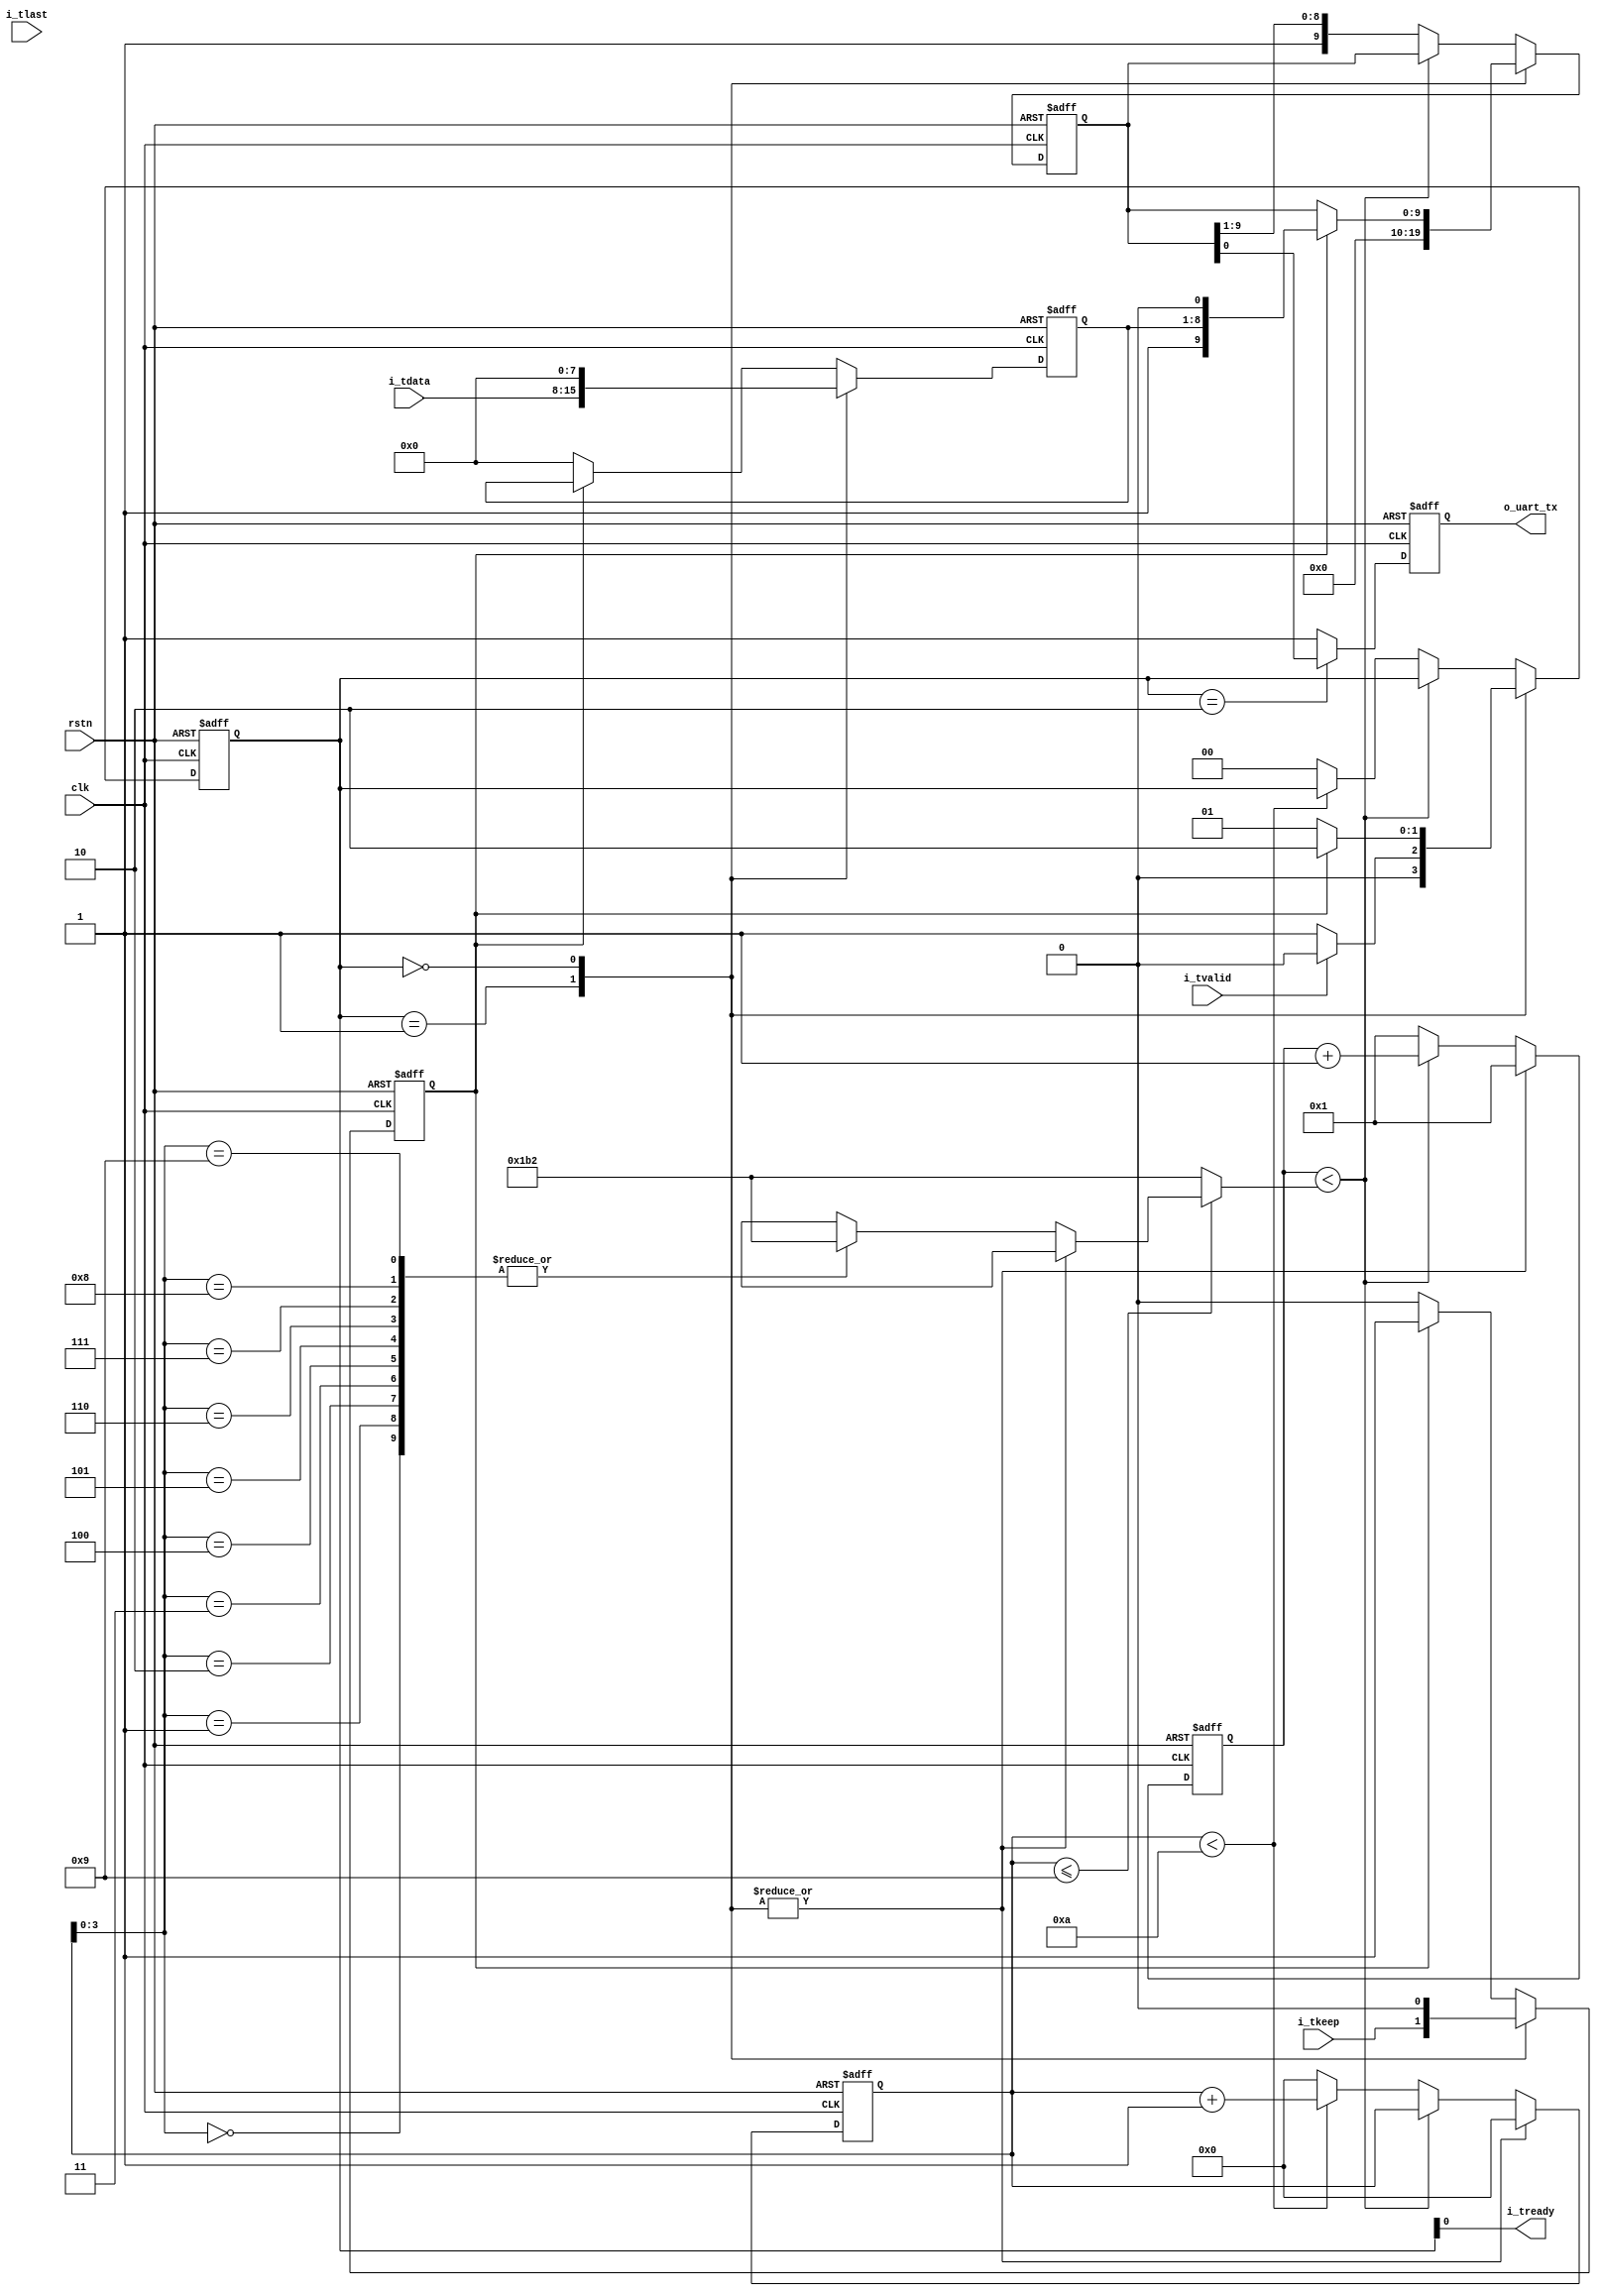
module uart_tx #(
    // clk frequency
    parameter CLK_FREQ          = 50_000_000,       // unit: Hz

    // UART format
    parameter BAUD_RATE         = 115200,           // Unit: Hz
    parameter PARITY            = "NONE",           // "NONE", "ODD" or "EVEN"
    parameter STOP_BITS         = 2,                // can be 1, 2, 3, 4, ...

    //AXI stream data width
    parameter BYTE_WIDTH        = 1,                // can be 1, 2, 3, 4, ...

    // TX fifo depth
    parameter FIFO_EA           = 0                 // 0:no fifo    1, 2:depth=4    3:depth=3   ...
) (
    input           rstn,
    input           clk,

    // input stream: AXI-stream slave. Associate clock = clk
    output                   i_tready,
    input                    i_tvalid,
    input [8*BYTE_WIDTH-1:0] i_tdata,
    input [  BYTE_WIDTH-1:0] i_tkeep,
    input                    i_tlast,

    // UART TX output signal
    output reg               o_uart_tx
);



//---------------
//  TX fifo     |
//---------------
wire                   f_tready;
reg                    f_tvalid;
reg [8*BYTE_WIDTH-1:0] f_tdata;
reg [  BYTE_WIDTH-1:0] f_tkeep;
reg                    f_tlast;

generate if (FIFO_EA <= 0) begin            // no TX fifo

    assign      i_tready = f_tready;        // fifoready
    always @(*) f_tvalid = i_tvalid;
    always @(*) f_tdata  = i_tdata;
    always @(*) f_tkeep  = i_tkeep;
    always @(*) f_tlast  = i_tlast;

end else begin                              // TX fifo
    localparam          EA          = (FIFO_EA<=2) ? 2 : FIFO_EA;
    localparam          DW          = (1 + BYTE_WIDTH + 8*BYTE_WIDTH);          // 1-bit tlast, (BYTE_WIDTH)-bit tkeep, (8*BYTE_WIDTH)-bit tdata

    reg [DW-1:0] buffer [ ((1<<EA)-1) : 0 ];

    localparam [EA:0] A_ZERO = {{EA{1'b0}}, 1'b0};
    localparam [EA:0] A_ONE  = {{EA{1'b0}}, 1'b1};


    reg  [EA:0] wptr     = A_ZERO;
    reg  [EA:0] wptr_d1  = A_ZERO;
    reg  [EA:0] wptr_d2  = A_ZERO;
    reg  [EA:0] rptr     = A_ZERO;
    wire [EA:0] rptr_next = (f_tvalid & f_tready) ? (rptr + A_ONE) : rptr;

    assign i_tready = (wptr != {~rptr[EA], rptr[EA-1:0]});

    // write pointer
    always @(posedge clk or negedge rstn)
        if(~rstn) begin
            wptr    <= A_ZERO;
            wptr_d1 <= A_ZERO;
            wptr_d2 <= A_ZERO;
        end else begin
            if(i_tvalid & i_tready)
                wptr <= wptr + A_ONE;
            wptr_d1 <= wptr;
            wptr_d2 <= wptr_d1;
        end

    // write
    always @(posedge clk)
        if(i_tvalid & i_tready)
            buffer[wptr[EA-1:0]] <= {i_tlast, i_tkeep, i_tdata};

    // read pointer
    always @(posedge clk or negedge rstn)
        if(~rstn) begin
            rptr <= A_ZERO;
            f_tvalid <= 1'b0;
        end else begin
            rptr <= rptr_next;
            f_tvalid <= (rptr_next != wptr_d2);
        end

    // read
    always @(posedge clk)
        {f_tlast, f_tkeep, f_tdata} <= buffer[rptr_next[EA-1:0]];

    initial {f_tvalid, f_tlast, f_tkeep, f_tdata} = 0;

end endgenerate



//-----------------------------------------------------
// Generate fractional precise upper limit for counter| uart_rx.v
//-----------------------------------------------------
localparam      BAUD_CYCLES              = ( (CLK_FREQ*10*2 + BAUD_RATE) / (BAUD_RATE*2) ) / 10 ;
localparam      BAUD_CYCLES_FRAC         = ( (CLK_FREQ*10*2 + BAUD_RATE) / (BAUD_RATE*2) ) % 10 ;
localparam      STOP_BIT_CYCLES          = (BAUD_CYCLES_FRAC == 0) ? BAUD_CYCLES : (BAUD_CYCLES + 1);

localparam [9:0] ADDITION_CYCLES = (BAUD_CYCLES_FRAC == 0) ? 10'b0000000000 :
                                   (BAUD_CYCLES_FRAC == 1) ? 10'b0000010000 :
                                   (BAUD_CYCLES_FRAC == 2) ? 10'b0010000100 :
                                   (BAUD_CYCLES_FRAC == 3) ? 10'b0010010010 :
                                   (BAUD_CYCLES_FRAC == 4) ? 10'b0101001010 :
                                   (BAUD_CYCLES_FRAC == 5) ? 10'b0101010101 :
                                   (BAUD_CYCLES_FRAC == 6) ? 10'b1010110101 :
                                   (BAUD_CYCLES_FRAC == 7) ? 10'b1101101101 :
                                   (BAUD_CYCLES_FRAC == 8) ? 10'b1101111011 :
                                  /*BAUD_CYCLES_FRAC == 9)*/ 10'b1111101111 ;

wire [31:0] cycles [9:0];

assign cycles[0] = BAUD_CYCLES + (ADDITION_CYCLES[0] ? 1 : 0);
assign cycles[1] = BAUD_CYCLES + (ADDITION_CYCLES[1] ? 1 : 0);
assign cycles[2] = BAUD_CYCLES + (ADDITION_CYCLES[2] ? 1 : 0);
assign cycles[3] = BAUD_CYCLES + (ADDITION_CYCLES[3] ? 1 : 0);
assign cycles[4] = BAUD_CYCLES + (ADDITION_CYCLES[4] ? 1 : 0);
assign cycles[5] = BAUD_CYCLES + (ADDITION_CYCLES[5] ? 1 : 0);
assign cycles[6] = BAUD_CYCLES + (ADDITION_CYCLES[6] ? 1 : 0);
assign cycles[7] = BAUD_CYCLES + (ADDITION_CYCLES[7] ? 1 : 0);
assign cycles[8] = BAUD_CYCLES + (ADDITION_CYCLES[8] ? 1 : 0);
assign cycles[9] = BAUD_CYCLES + (ADDITION_CYCLES[9] ? 1 : 0);



//-----------------------------------
//                                  |
//-----------------------------------
localparam [BYTE_WIDTH-1:0] ZERO_KEEP           = 0;

localparam [31:0] PARITY_BITS = (PARITY == "ODD" || PARITY == "EVEN") ? 1 : 0;
localparam [31:0] TOTAL_BITS  = (STOP_BITS >= ('hFFFFFFFF-9-PARITY_BITS)) ? 'hFFFFFFFF : (PARITY_BITS+STOP_BITS+9); // 18'STOP_BITS'
//  STOP_BITS  PARITY_BITS 9 32  0xFFFFFFFFTOTAL_BITS  0xFFFFFFFF PARITY_BITS + STOP_BITS + 9 UART 


//--------------------------------------
// functional for calculate parity bit |
//--------------------------------------
function  [0:0] get_parity;
    input [7:0] data;
begin
    get_parity = (PARITY == "ODD") ? (~(^(data[7:0]))) :
                 (PARITY == "EVEN") ? (^(data[7:0]))   :
                 /*(PARITY == "NONE")*/     1'b1       ;
end
endfunction



//---------------------------------------
//          Main FSM                    |
//---------------------------------------
localparam [1:0] S_IDLE     = 2'b01 ,       // only in state S_IDLE, state[0] == 1, the goal is to make f_tready pure register-out
                 S_PREPARE  = 2'b00 ,
                 S_TX       = 2'b10 ;

reg [1:0] state = S_IDLE;                   // FSM state register

reg [8*BYTE_WIDTH-1:0] data = 0;
reg [  BYTE_WIDTH-1:0] keep = 0;

reg [9:0]  txbits = 10'b0;
reg [31:0] txcnt = 0;
reg [31:0] cycle = 1;

always @(posedge clk or negedge rstn)
    if(~rstn) begin
        state <= S_IDLE;
        data  <= 0;
        keep  <= 0;
        txbits <= 10'd0;
        txcnt  <= 0;
        cycle  <= 1;
    end else begin
        case(state)
            S_IDLE : begin
                state           <= f_tvalid ? S_PREPARE : S_IDLE;
                data            <= f_tdata;
                keep            <= f_tkeep;
                txbits          <= 10'd0;
                txcnt           <= 0;
                cycle           <= 1;
            end

            S_PREPARE : begin
                data <= (data >> 8);
                keep <= (keep >> 1);
                if (keep[0] == 1'b1) begin
                    txbits <= {get_parity(data[7:0]), data[7:0], 1'b0};
                    state  <= S_TX;
                end else if (keep != ZERO_KEEP) begin
                    state <= S_PREPARE;
                end else
                    state  <= S_IDLE;

                txcnt <= 0;
                cycle  <= 1;
            end

            default : begin     // S_TX
                if (keep[0] == 1'b0) begin
                    data <= (data >> 8);
                    keep <= (keep >> 1);
                end

                if (cycle < ((txcnt<=9) ? cycles[txcnt] : STOP_BIT_CYCLES) ) begin  // cycle loop from 1 to ((txcnt<=9) ? cycles[txcnt] : STOP_BIT_CYCLES)
                    cycle <= cycle + 1'b1;
                end else begin
                    cycle <= 1;
                    txbits <= {1'b1, txbits[9:1]};
                    if ( txcnt < (TOTAL_BITS-1)) begin
                        txcnt <= txcnt + 1;
                    end else begin
                        txcnt <= 0;
                        state <= S_PREPARE;
                    end
                end
            end
        endcase
    end



//-----------------------
// generate UART output |
//-----------------------
initial o_uart_tx = 1'b1;

always @(posedge clk or negedge rstn)
    if(~rstn)
        o_uart_tx <= 1'b1;
    else
        o_uart_tx <= (state == S_TX) ? txbits[0] : 1'b1;



//----------------------------
// generate AXI-Stream TREADY|
//----------------------------
assign f_tready = state[0];     // state == SIDLE

endmodule